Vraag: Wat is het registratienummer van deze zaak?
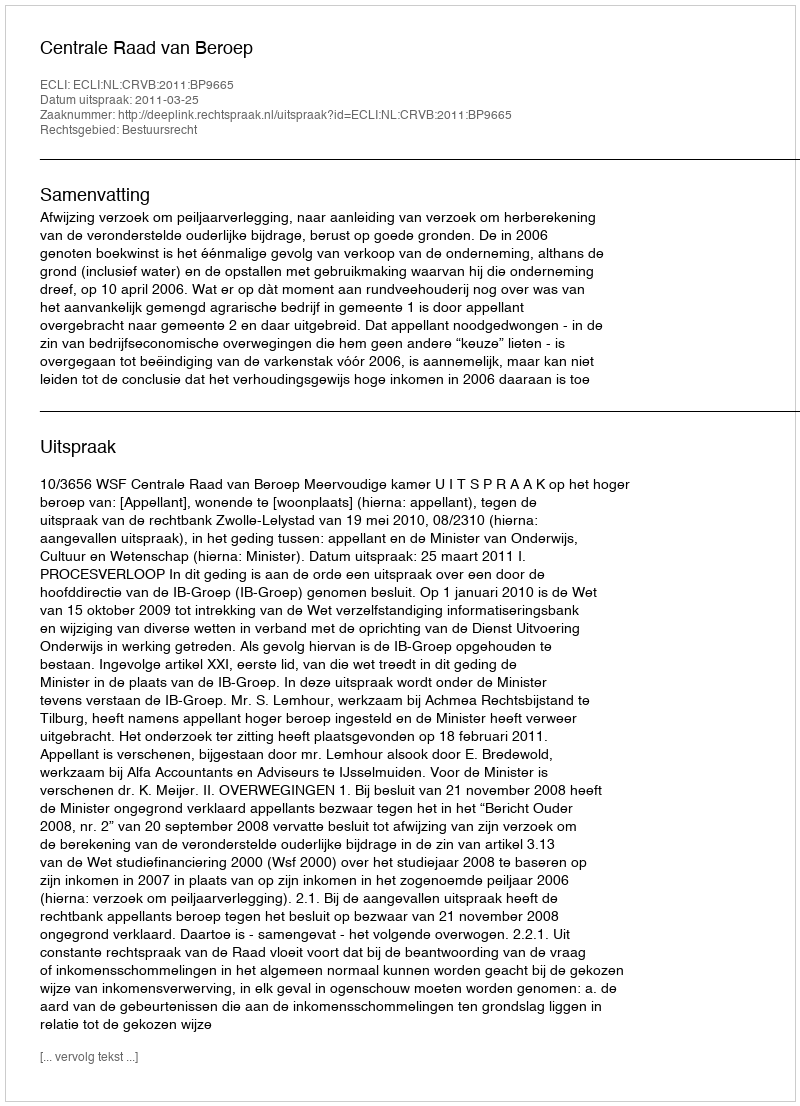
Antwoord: http://deeplink.rechtspraak.nl/uitspraak?id=ECLI:NL:CRVB:2011:BP9665